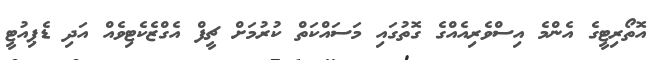
އޮތޯރިޓީގެ އެންމެ އިސްވެރިއެއްގެ ގޮތުގައި މަސައްކަތް ކުރުމަށް ޗީފް އެގްޒެކެޓިވެއް އަދި ޑެޕިއުޓީ